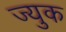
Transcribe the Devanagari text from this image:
ज्युक